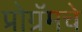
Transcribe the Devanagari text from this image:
प्रोग्रॅमचे